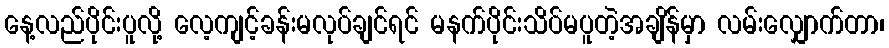
နေ့လည်ပိုင်းပူလို့ လေ့ကျင့်ခန်းမလုပ်ချင်ရင် မနက်ပိုင်းသိပ်မပူတဲ့အချိန်မှာ လမ်းလျှောက်တာ၊